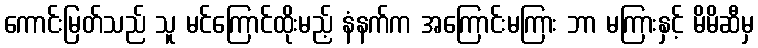
ကောင်းမြတ်သည် သူ မင်ကြောင်ထိုးမည့် နံနက်က အကြောင်းမကြား ဘာ မကြားနှင့် မိမိဆီမှ